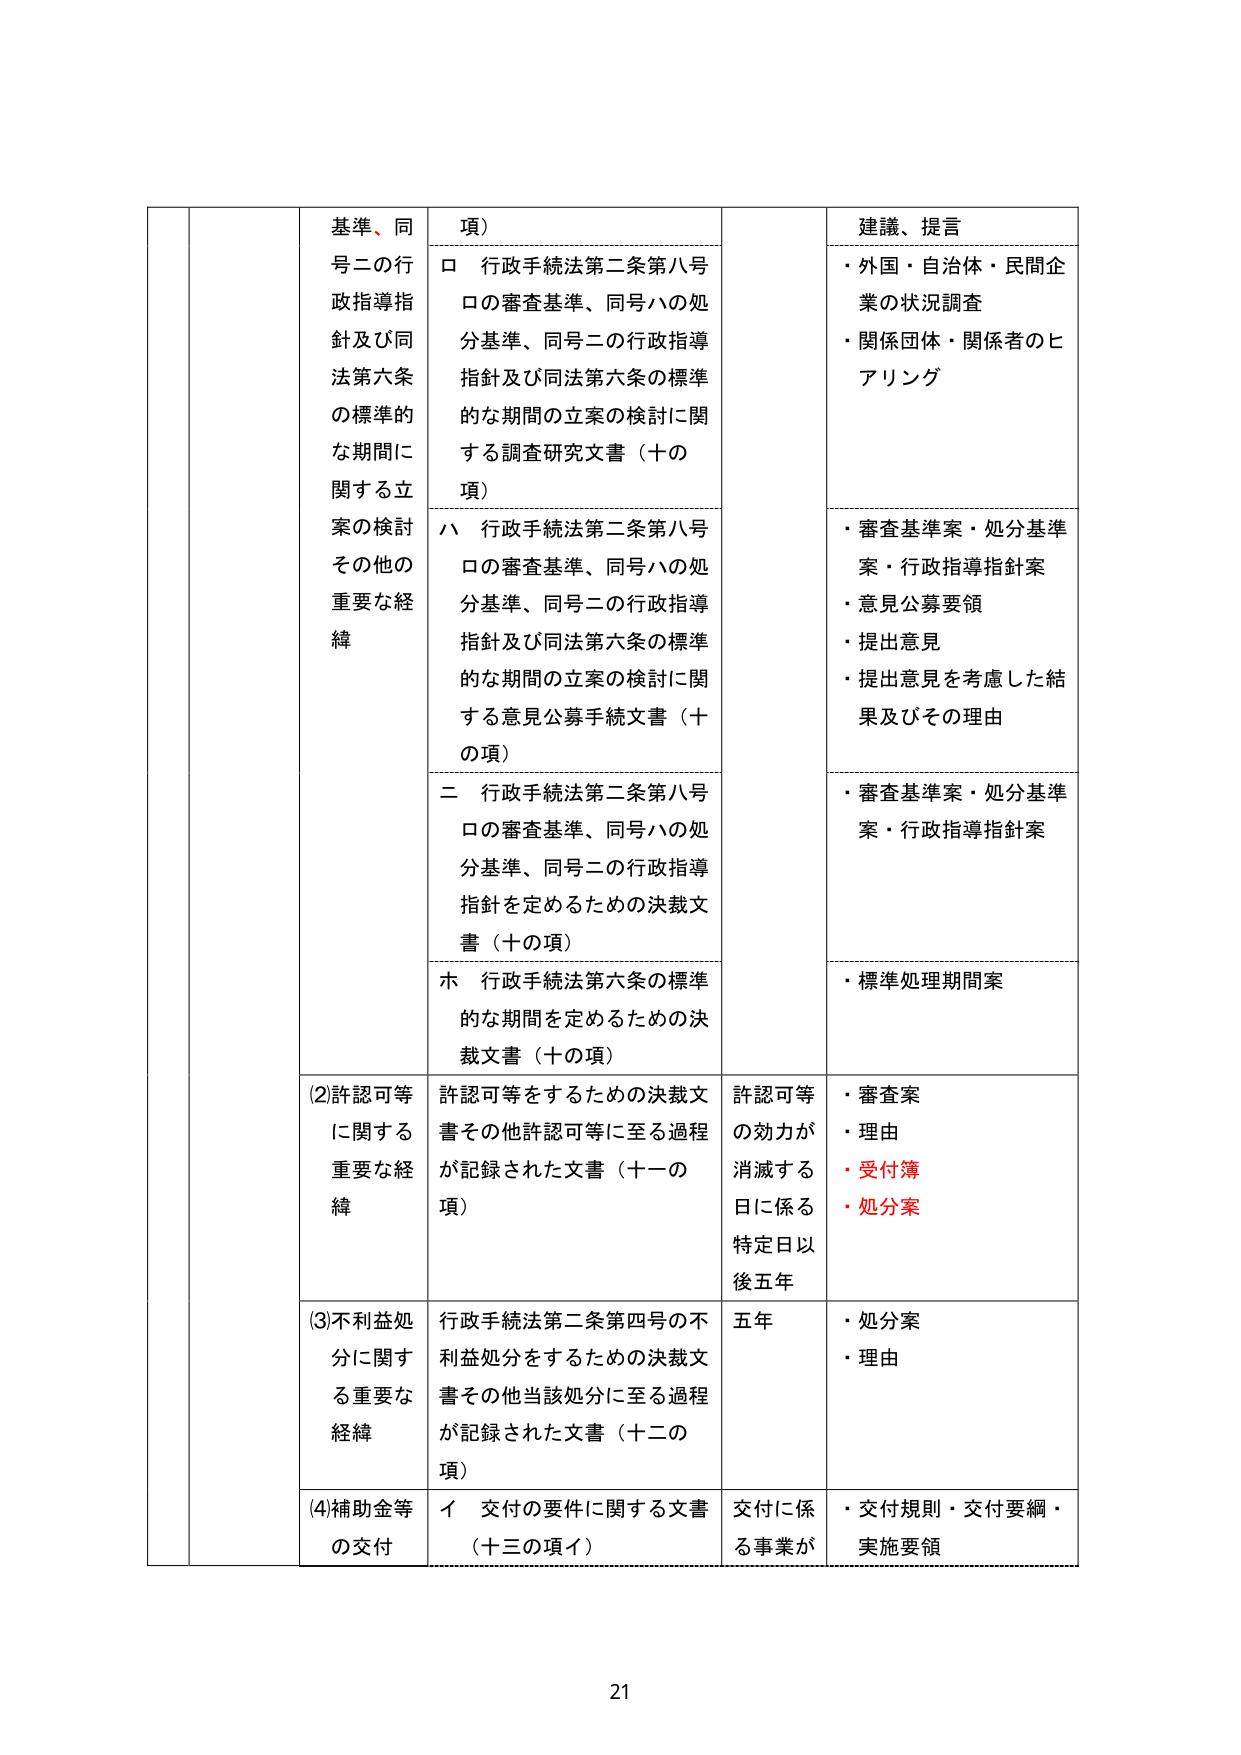
基準、同号二の行政指導指針及び同法第六条の標準的な期間に関する立案の検討 その他の重要な経緯
項）
ロ 行政手続法第二条第八号ロの審査基準、同号ハの処分基準、同号二の行政指導指針及び同法第六条の標準的な期間の立案の検討に関する調査研究文書（十の項）
ハ 行政手続法第二条第八号ロの審査基準、同号ハの処分基準、同号二の行政指導指針及び同法第六条の標準的な期間の立案の検討に関する意見公募手続文書（十の項）
二 行政手続法第二条第八号ロの審査基準、同号ハの処分基準、同号二の行政指導指針を定めるための決裁文書（十の項）
ホ 行政手続法第六条の標準的な期間を定めるための決裁文書（十の項）
(2)許認可等に関する重要な経緯
許認可等をするための決裁文書その他許認可等に至る過程が記録された文書（十一の項）
許認可等の効力が消滅する日に係る特定日以後五年
・審査案
・理由
・受付簿
・処分案
(3)不利益処分に関する重要な経緯
行政手続法第二条第四号の不利益処分をするための決裁文書その他当該処分に至る過程が記録された文書（十二の項）
五年
・処分案
・理由
(4)補助金等の交付
イ 交付の要件に関する文書（十三の項イ）
交付に係る事業が
・交付規則・交付要綱・実施要領
建議、提言
・外国・自治体・民間企業の状況調査
・関係団体・関係者のヒアリング
・審査基準案・処分基準案・行政指導指針案
・意見公募要領
・提出意見
・提出意見を考慮した結果及びその理由
・審査基準案・処分基準案・行政指導指針案
・標準処理期間案
21